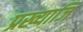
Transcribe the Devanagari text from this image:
प्रख्याजि